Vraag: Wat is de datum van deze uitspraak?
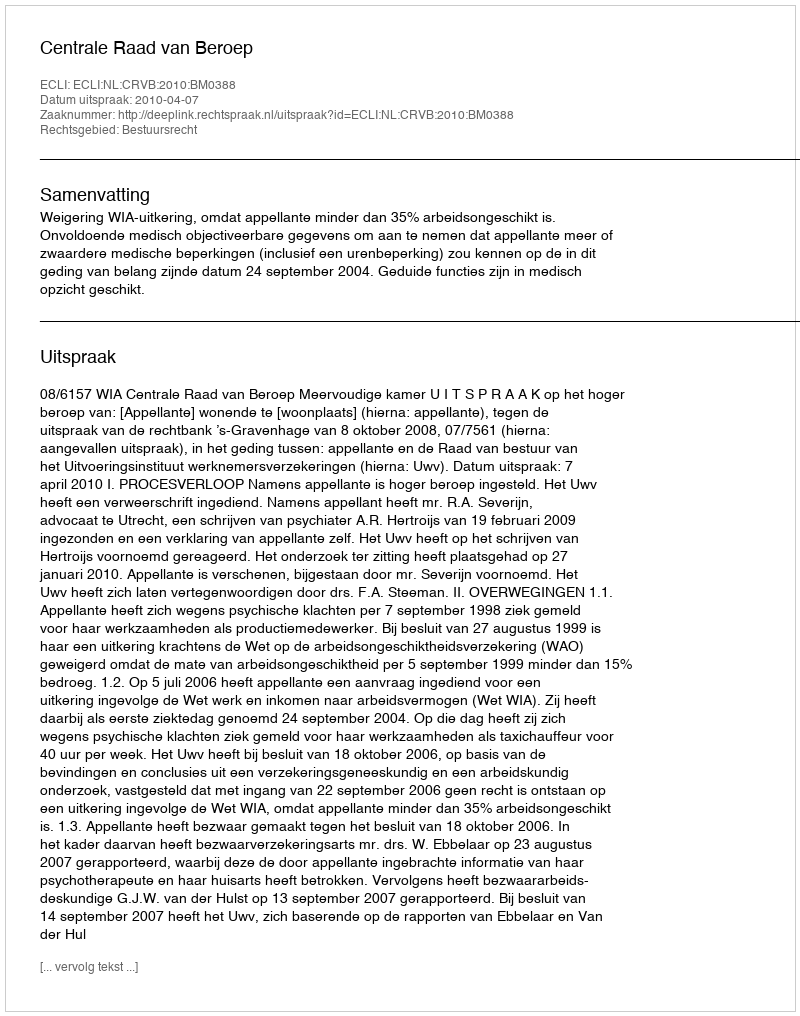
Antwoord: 2010-04-07